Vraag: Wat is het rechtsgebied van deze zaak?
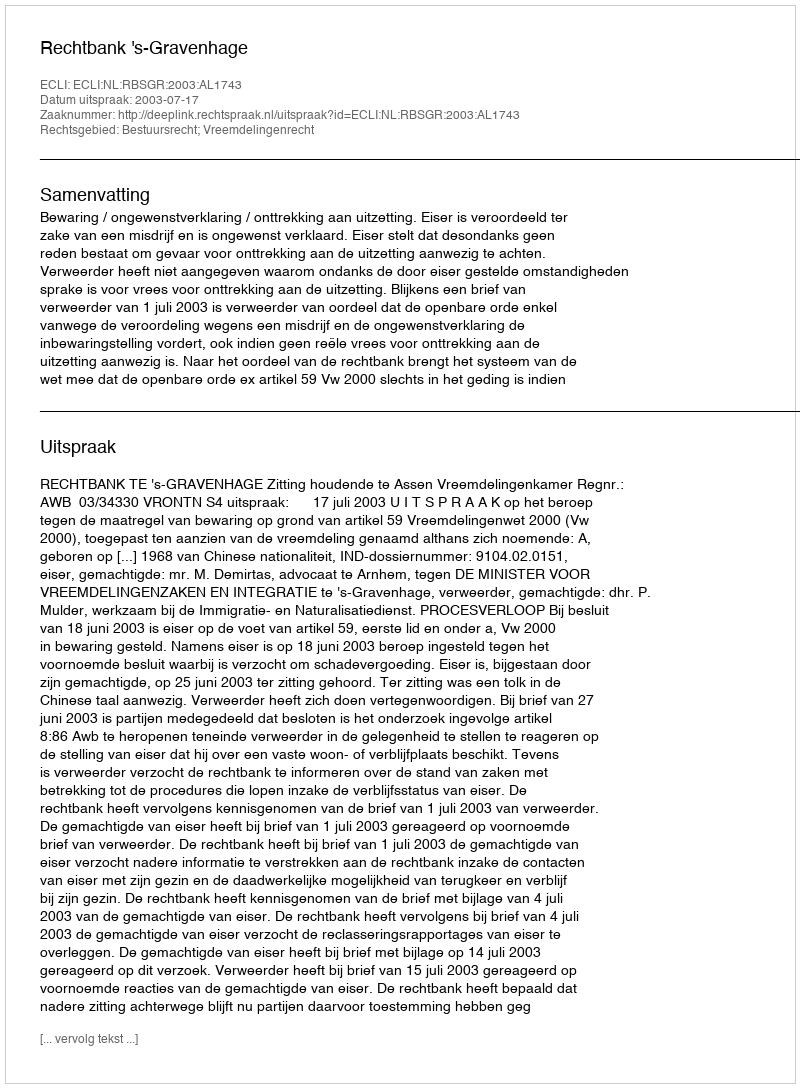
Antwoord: Bestuursrecht; Vreemdelingenrecht